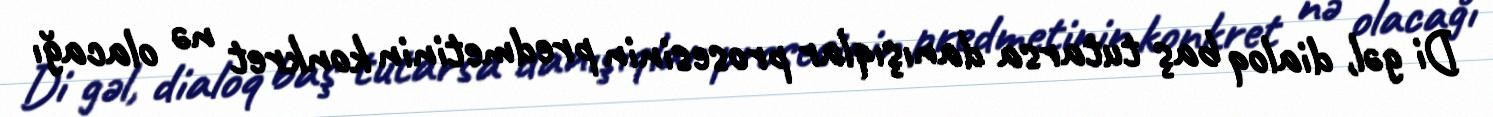
Di gəl, dialoq baş tutarsa danışıqlar prosesinin predmetinin konkret nə olacağı